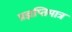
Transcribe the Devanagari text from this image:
प्रज्ञप्तिमात्र